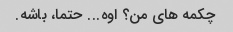
چکمه های من؟ اوه... حتما، باشه.